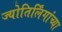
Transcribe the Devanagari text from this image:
ज्योतिर्लिंगांच्या